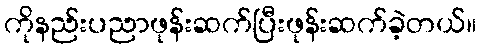
ကိုနည်းပညာဖုန်းဆက်ပြီးဖုန်းဆက်ခဲ့တယ်။